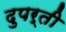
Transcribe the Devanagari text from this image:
दुपर्ती